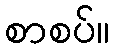
စာစပ်။